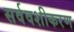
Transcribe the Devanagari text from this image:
सर्ववशीकरण